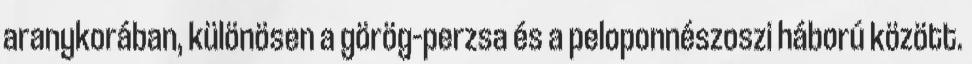
aranykorában, különösen a görög–perzsa és a peloponnészoszi háború között.